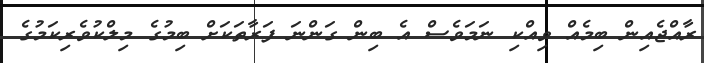
ރާއްޖެއިން ބިމެއް ވިއްކި ނަމަވެސް އެ ބިން ގަންނަ ފަރާތަކަށް ބިމުގެ މިލްކުވެރިކަމުގެ